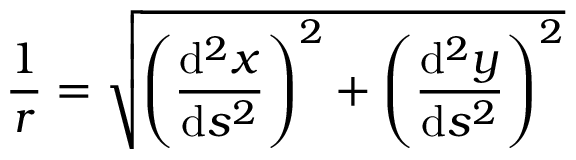
{ \frac { 1 } { r } } = { \sqrt { \left( { \frac { \mathrm { d } ^ { 2 } x } { \mathrm { d } s ^ { 2 } } } \right) ^ { 2 } + \left( { \frac { \mathrm { d } ^ { 2 } y } { \mathrm { d } s ^ { 2 } } } \right) ^ { 2 } } }